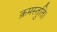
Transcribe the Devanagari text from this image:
क्रमस्तुति।